Lunatic asylums Punjab 1868-1880 - 1868-1880
Year: 1868
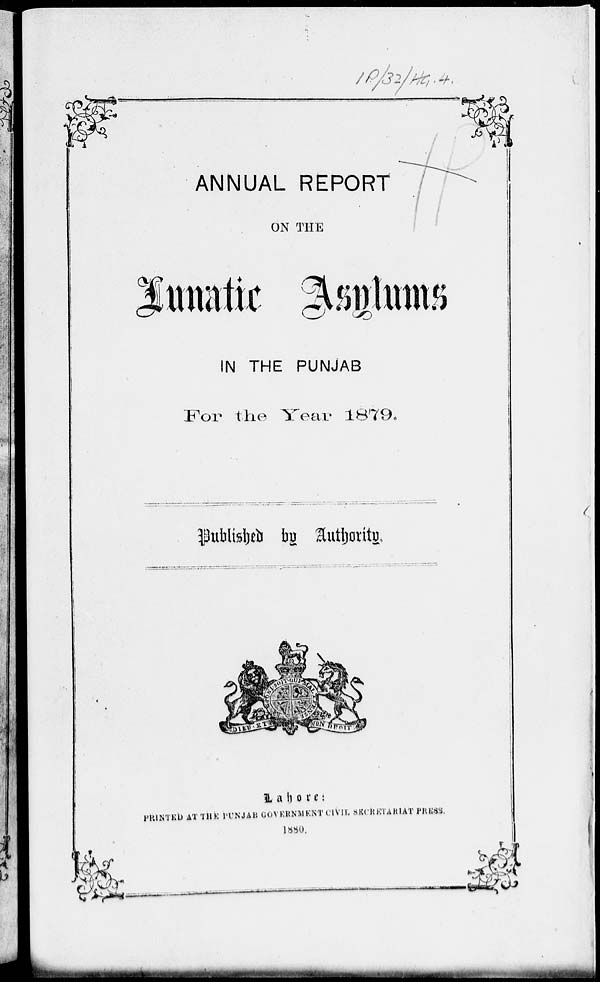
ANNUAL REPORT
ON THE
Lunatic Asylums
IN THE PUNJAB
For the Year 1879.
Published by Authority.
Lahore :
PRINTED AT THE PUNJAB GOVERNMENT CIVIL SECRETARIAT PRESS.
1880.